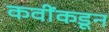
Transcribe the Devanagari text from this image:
कवींकडून